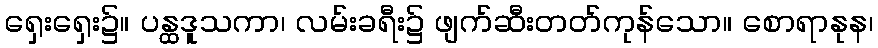
ရှေးရှေး၌။ ပန္ထဒူသကာ၊ လမ်းခရီး၌ ဖျက်ဆီးတတ်ကုန်သော။ စောရာနုန၊